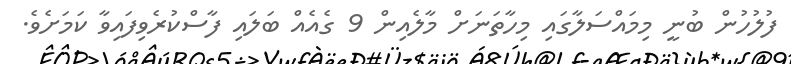
ފުލުހުން ބުނީ މިމައްސަލާގައި މިހާތަނަށް މާލެއިން 9 ގެއެއް ބަލައި ފާސްކުރެވިފައިވާ ކަމަށެވެ.